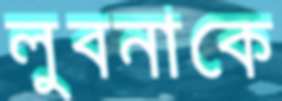
লুবনাকে